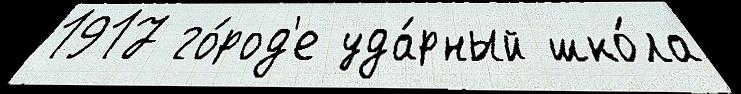
1917 го́род'е уда́рный шко́ла